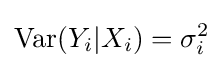
\operatorname {Var} (Y_{i}|X_{i})=\sigma _{i}^{2}